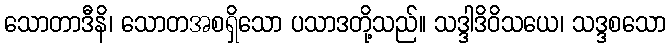
သောတာဒီနိ၊ သောတအစရှိသော ပသာဒတို့သည်။ သဒ္ဒါဒိဝိသယေ၊ သဒ္ဒစသော